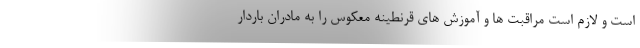
است و لازم است مراقبت ها و آموزش های قرنطینه معکوس را به مادران باردار